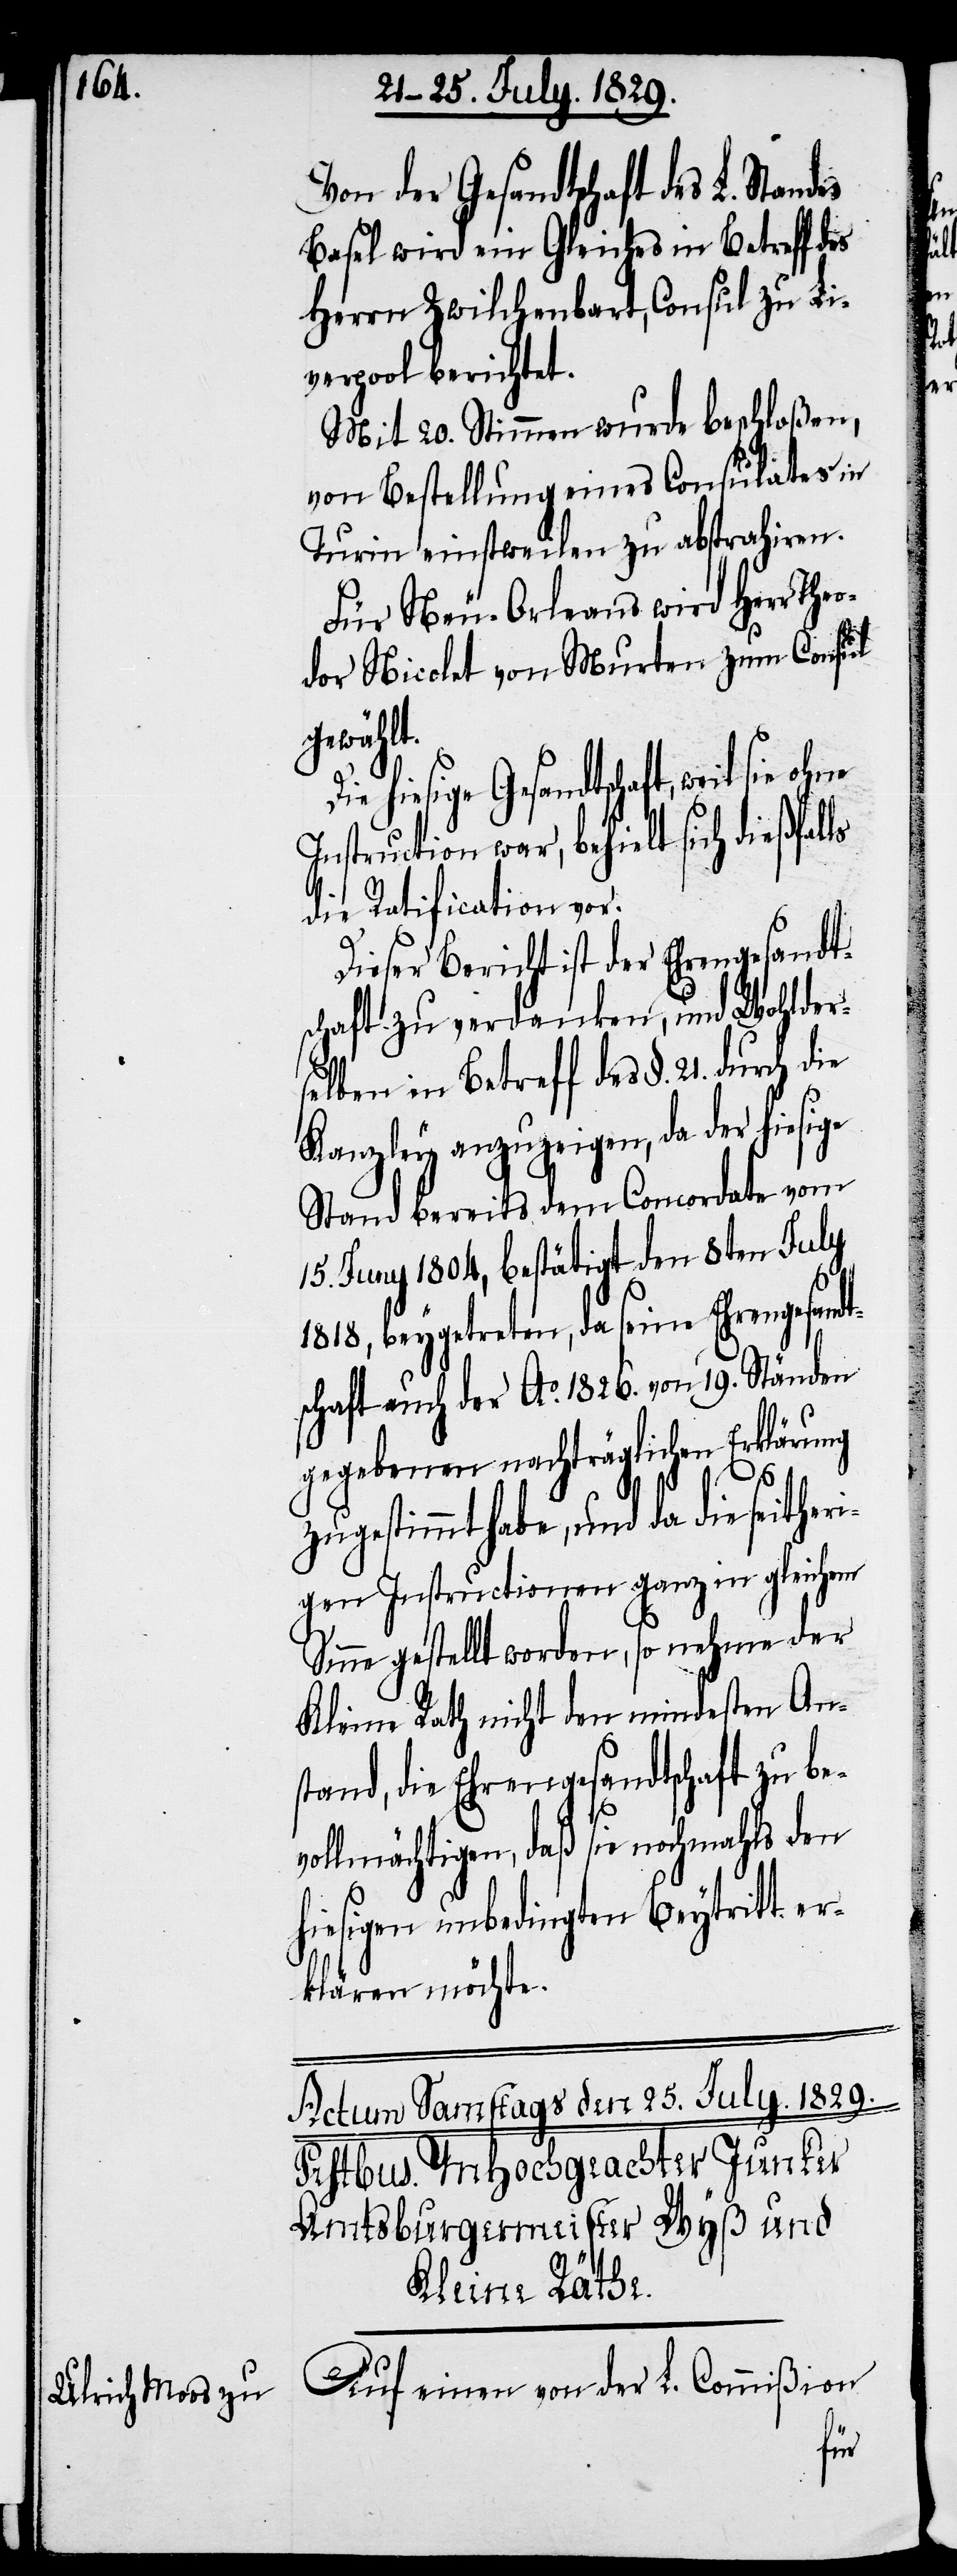
Von der Gesandtschaft des
Basel wird ein Gleiches in Betreff des
Herrn Zwilchenbart, Consul zu Li¬
verpool berichtet.
Mit 20. Stimmen wurde beschloßen,
von Bestellung eines Consulates in
Turin einstweilen zu abstrahiren.
Für Neu-Orleans wird Herr The¬
odor Nicolet von Murten zum Consul
gesandt¬
Die hiesige Gesandtschaft, weil sie
Instruction war, behielt sich dießfäl¬
die Ratification vor.
Dieser Bericht ist der Ehrengesandt¬
schaft zu verdanken, und Wohlder¬
selben in Betreff des §. 21. durch die
Kanzley anzuzeigen, da der hiesige
Stand bereits dem Concordate vom
15. Juny 1804. bestätigt den 8ten July
1818, beygetreten, da seine Ehren¬
schaft auch der Ao. 1826. von 19. Ständen
gegebenen nachträglichen Erklärung
ls
zugestimmt habe, und da die seitheri¬
gen Instructionen ganz in gleichem
Sinne gestellt worden, so nehme der
Kleine Rath nicht den mindesten An¬
stand, die Ehrengesandtschaft zu be¬
vollmächtigen, daß sie nochmahls den
hiesigen unbedingten Beytritt er¬
klären möchte.
Auf einen von der L. Commißion